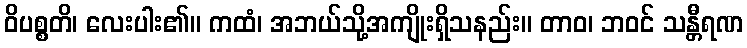
ဝိပစ္စတိ၊ လေးပါး၏။ ကထံ၊ အဘယ်သို့အကျိုးရှိသနည်း။ တာဝ၊ ဘဝင် သန္တီရဏ